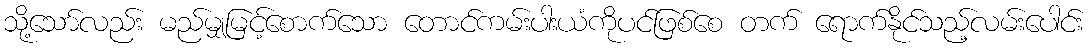
သို့သော်လည်း မည်မျှမြင့်စောက်သော တောင်ကမ်းပါးယံကိုပင်ဖြစ်စေ တက် ရောက်နိုင်သည့်လမ်းပေါင်း